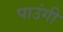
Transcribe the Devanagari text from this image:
पाउंगी